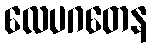
လေပဂတေန